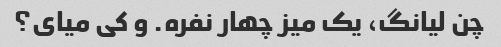
چن لیانگ، یک میز چهار نفره. و کی میای؟